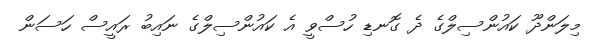
މިލަންދޫ ކައުންސިލްގެ ދެ ގޮނޑި ހުސްވީ އެ ކައުންސިލްގެ ނައިބު ރައީސް ހަސަން